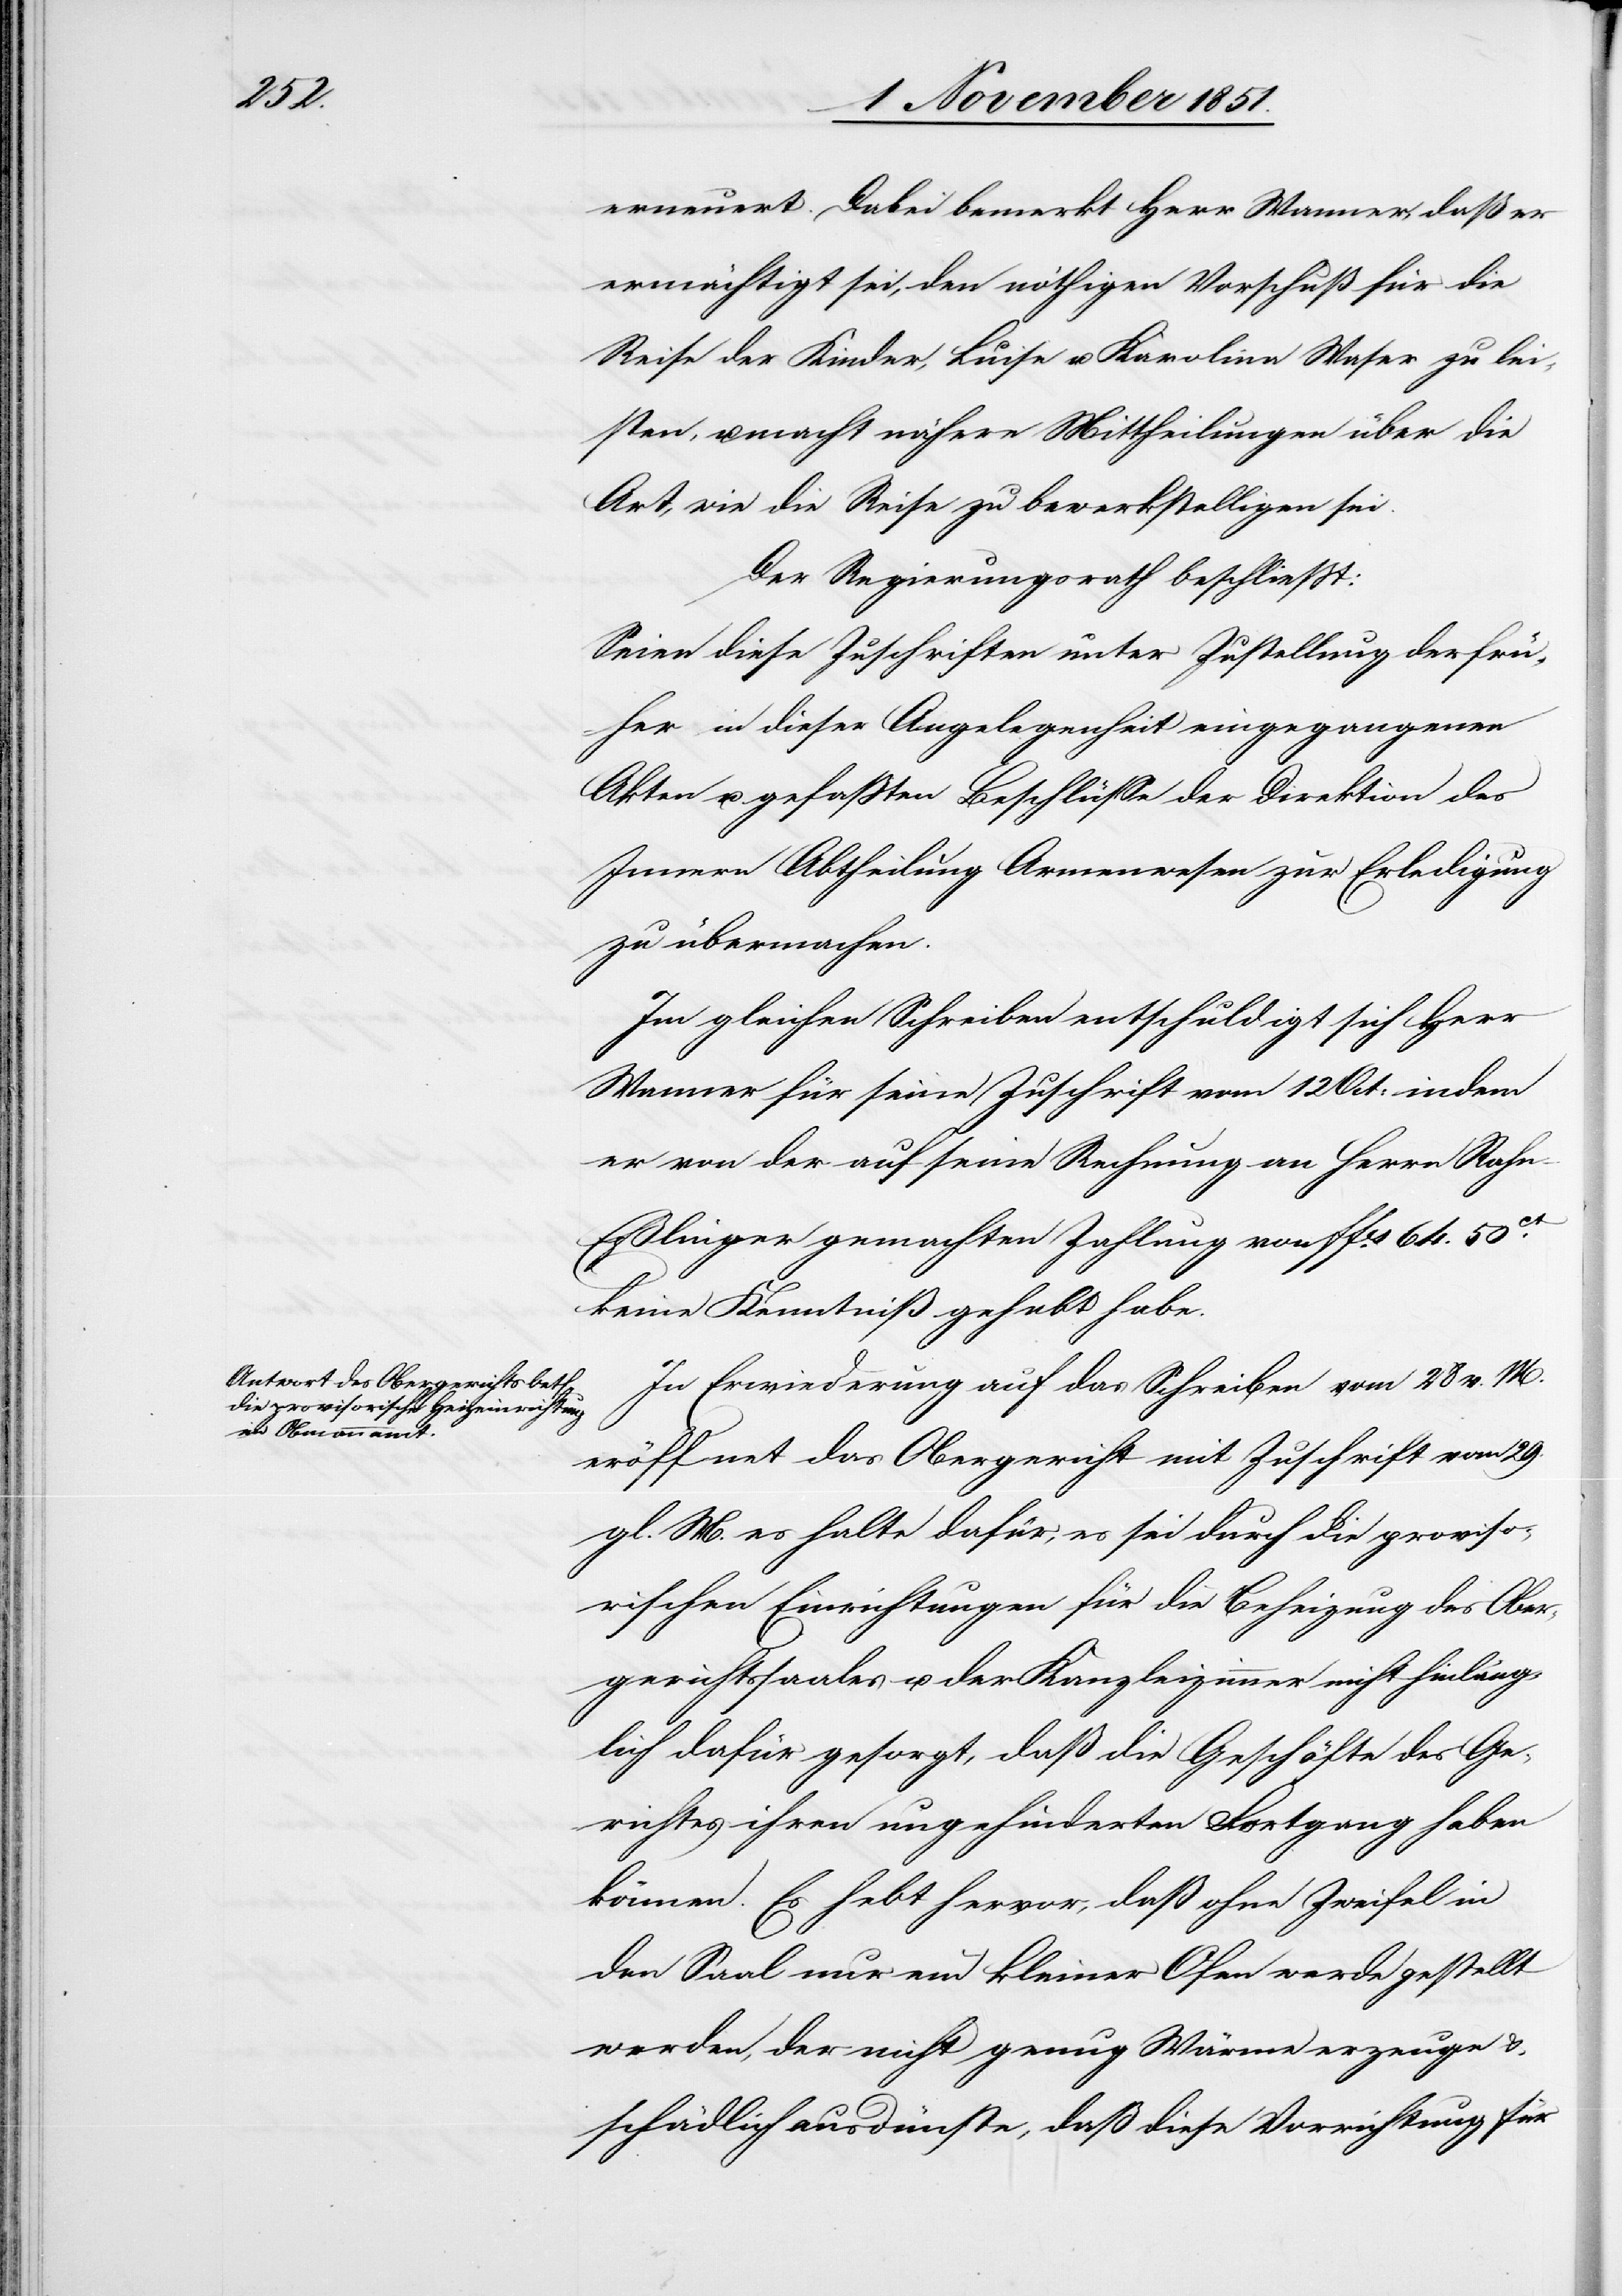
erneuert. Dabei bemerkt Herr Wanner, daß er
ermächtigt sei, den nöthigen Vorschuß für die
Reise der Kinder, Luise u. Karolina Waser zu lei¬
sten, u. macht nähere Mittheilungen über die
Art, wie die Reise zu bewerkstelligen sei.
Der Regierungsrath beschließt:
Seien diese Zuschriften unter Zustellung der frü¬
her in dieser Angelegenheit eingegangenen
Akten u. gefaßten Beschlüsse der Direktion des
Innern Abtheilung Armenwesen zur Erledigung
zu übermachen.
Im gleichen Schreiben entschuldigt sich Herr
Wanner für seine Zuschrift vom 12 Oct: indem
er von der auf seine Rechnung an Herrn Rahn-E¬
ßlinger gemachten Zahlung von ffcs. 64. 50ct
keine Kenntniß gehabt habe.
In Erwiederung auf das Schreiben vom 28 v. M.
eröffnet das Obergericht mit Zuschrift vom 29.
gl. M. es halte dafür, es sei durch die proviso¬
rischen Einrichtungen für die Beheizung des Ober¬
gerichtssaales u. der Kanzleizimmer nicht hinläng¬
lich dafür gesorgt, daß die Geschäfte des Ge¬
richtes ihren ungehinderten Fortgang haben
können. Es hebt hervor, daß ohne Zweifel in
den Saal nur ein kleiner Ofen werde gestellt
werden, der nicht genug Wärme erzeuge &
schädlich ausdünste, daß diese Vorrichtung für